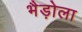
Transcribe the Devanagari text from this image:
भैड़ोला